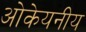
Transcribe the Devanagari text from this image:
ओकेयनीय